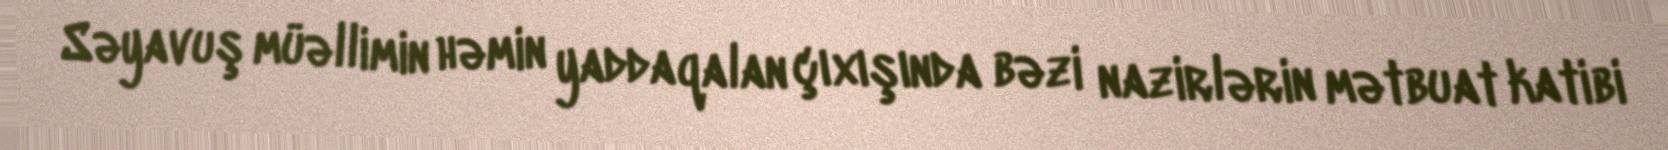
Səyavuş müəllimin həmin yaddaqalan çıxışında bəzi nazirlərin mətbuat katibi